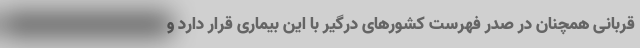
قربانی همچنان در صدر فهرست کشورهای درگیر با این بیماری قرار دارد و